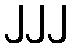
၂၂၂